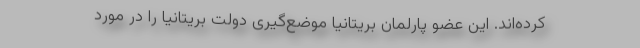
کرده‌اند. این عضو پارلمان بریتانیا موضع‌گیری دولت بریتانیا را در مورد